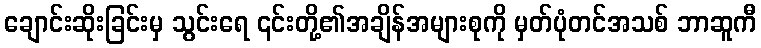
ချောင်းဆိုးခြင်းမှ သွင်းရေ ၎င်းတို့၏အချိန်အများစုကို မှတ်ပုံတင်အသစ် ဘာဆူကီ